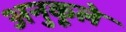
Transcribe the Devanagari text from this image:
अनुकूले